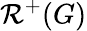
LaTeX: {\mathcal{R}}^{+}(G)